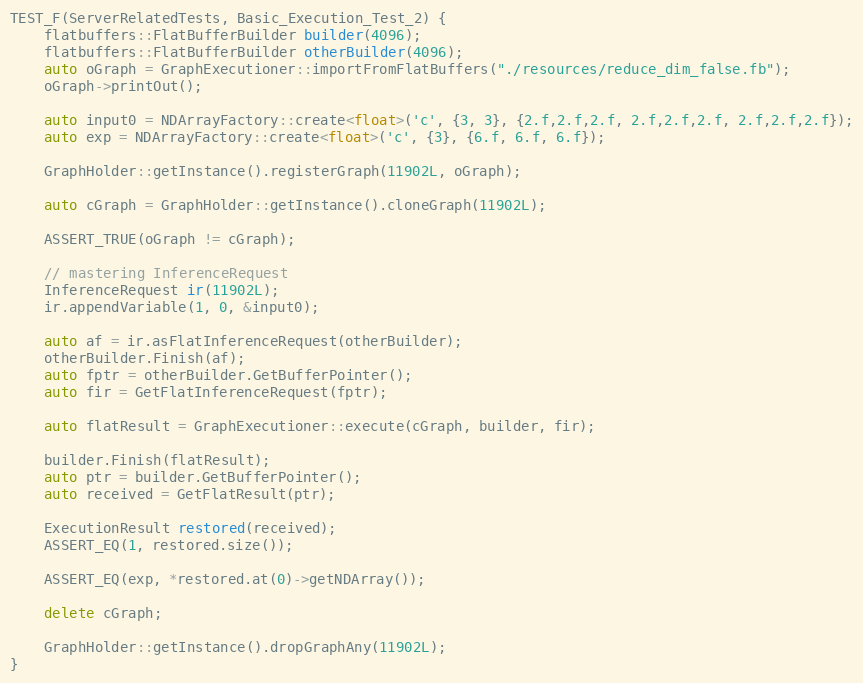
Language: C++
TEST_F(ServerRelatedTests, Basic_Execution_Test_2) {
    flatbuffers::FlatBufferBuilder builder(4096);
    flatbuffers::FlatBufferBuilder otherBuilder(4096);
    auto oGraph = GraphExecutioner::importFromFlatBuffers("./resources/reduce_dim_false.fb");
    oGraph->printOut();

    auto input0 = NDArrayFactory::create<float>('c', {3, 3}, {2.f,2.f,2.f, 2.f,2.f,2.f, 2.f,2.f,2.f});
    auto exp = NDArrayFactory::create<float>('c', {3}, {6.f, 6.f, 6.f});

    GraphHolder::getInstance().registerGraph(11902L, oGraph);

    auto cGraph = GraphHolder::getInstance().cloneGraph(11902L);

    ASSERT_TRUE(oGraph != cGraph);

    // mastering InferenceRequest
    InferenceRequest ir(11902L);
    ir.appendVariable(1, 0, &input0);

    auto af = ir.asFlatInferenceRequest(otherBuilder);
    otherBuilder.Finish(af);
    auto fptr = otherBuilder.GetBufferPointer();
    auto fir = GetFlatInferenceRequest(fptr);

    auto flatResult = GraphExecutioner::execute(cGraph, builder, fir);

    builder.Finish(flatResult);
    auto ptr = builder.GetBufferPointer();
    auto received = GetFlatResult(ptr);

    ExecutionResult restored(received);
    ASSERT_EQ(1, restored.size());

    ASSERT_EQ(exp, *restored.at(0)->getNDArray());

    delete cGraph;

    GraphHolder::getInstance().dropGraphAny(11902L);
}